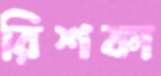
রিশকা